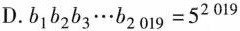
D. $$b _ { 1 } b _ { 2 } b _ { 3 } \cdots b _ { 2 0 1 9 } = 5 ^ { 2 0 1 9 }$$